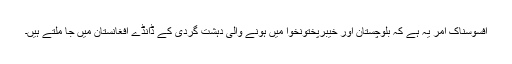
افسوسناک امر یہ ہے کہ بلوچستان اور خیبرپختونخوا میں ہونے والی دہشت گردی کے ڈانڈے افغانستان میں جا ملتے ہیں۔